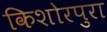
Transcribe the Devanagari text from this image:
किशोरपुरा